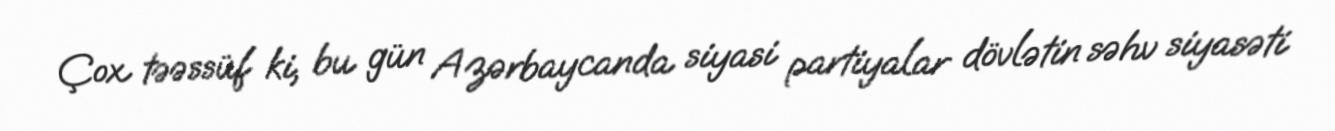
Çox təəssüf ki, bu gün Azərbaycanda siyasi partiyalar dövlətin səhv siyasəti